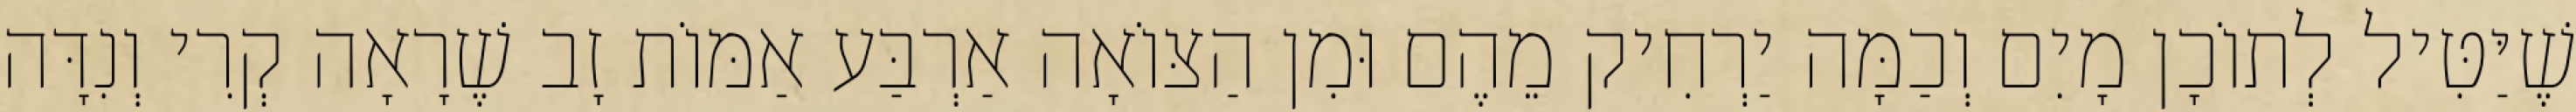
שֶׁיַּטִּיל לְתוֹכָן מָיִם וְכַמָּה יַרְחִיק מֵהֶם וּמִן הַצּוֹאָה אַרְבַּע אַמּוֹת זָב שֶׁרָאָה קְרִי וְנִדָּה